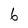
Character: 6